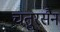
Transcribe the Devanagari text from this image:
चतुरसैन